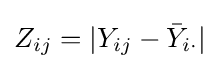
Z_{ij}=|Y_{ij}-{\bar {Y}}_{i\cdot }|